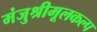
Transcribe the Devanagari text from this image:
मंजुश्रीमूलकल्प